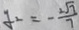
y _ { 2 } = - \frac { 2 \sqrt { 7 } } { 7 }